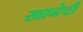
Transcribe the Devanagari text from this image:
खानेची